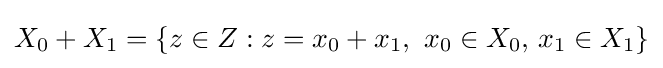
X_{0}+X_{1}=\left\{z\in Z:z=x_{0}+x_{1},\ x_{0}\in X_{0},\,x_{1}\in X_{1}\right\}